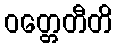
ဝတ္တေတီတိ